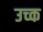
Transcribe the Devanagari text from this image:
उच्क